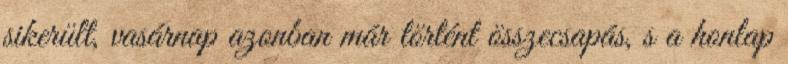
sikerült, vasárnap azonban már történt összecsapás, s a honlap